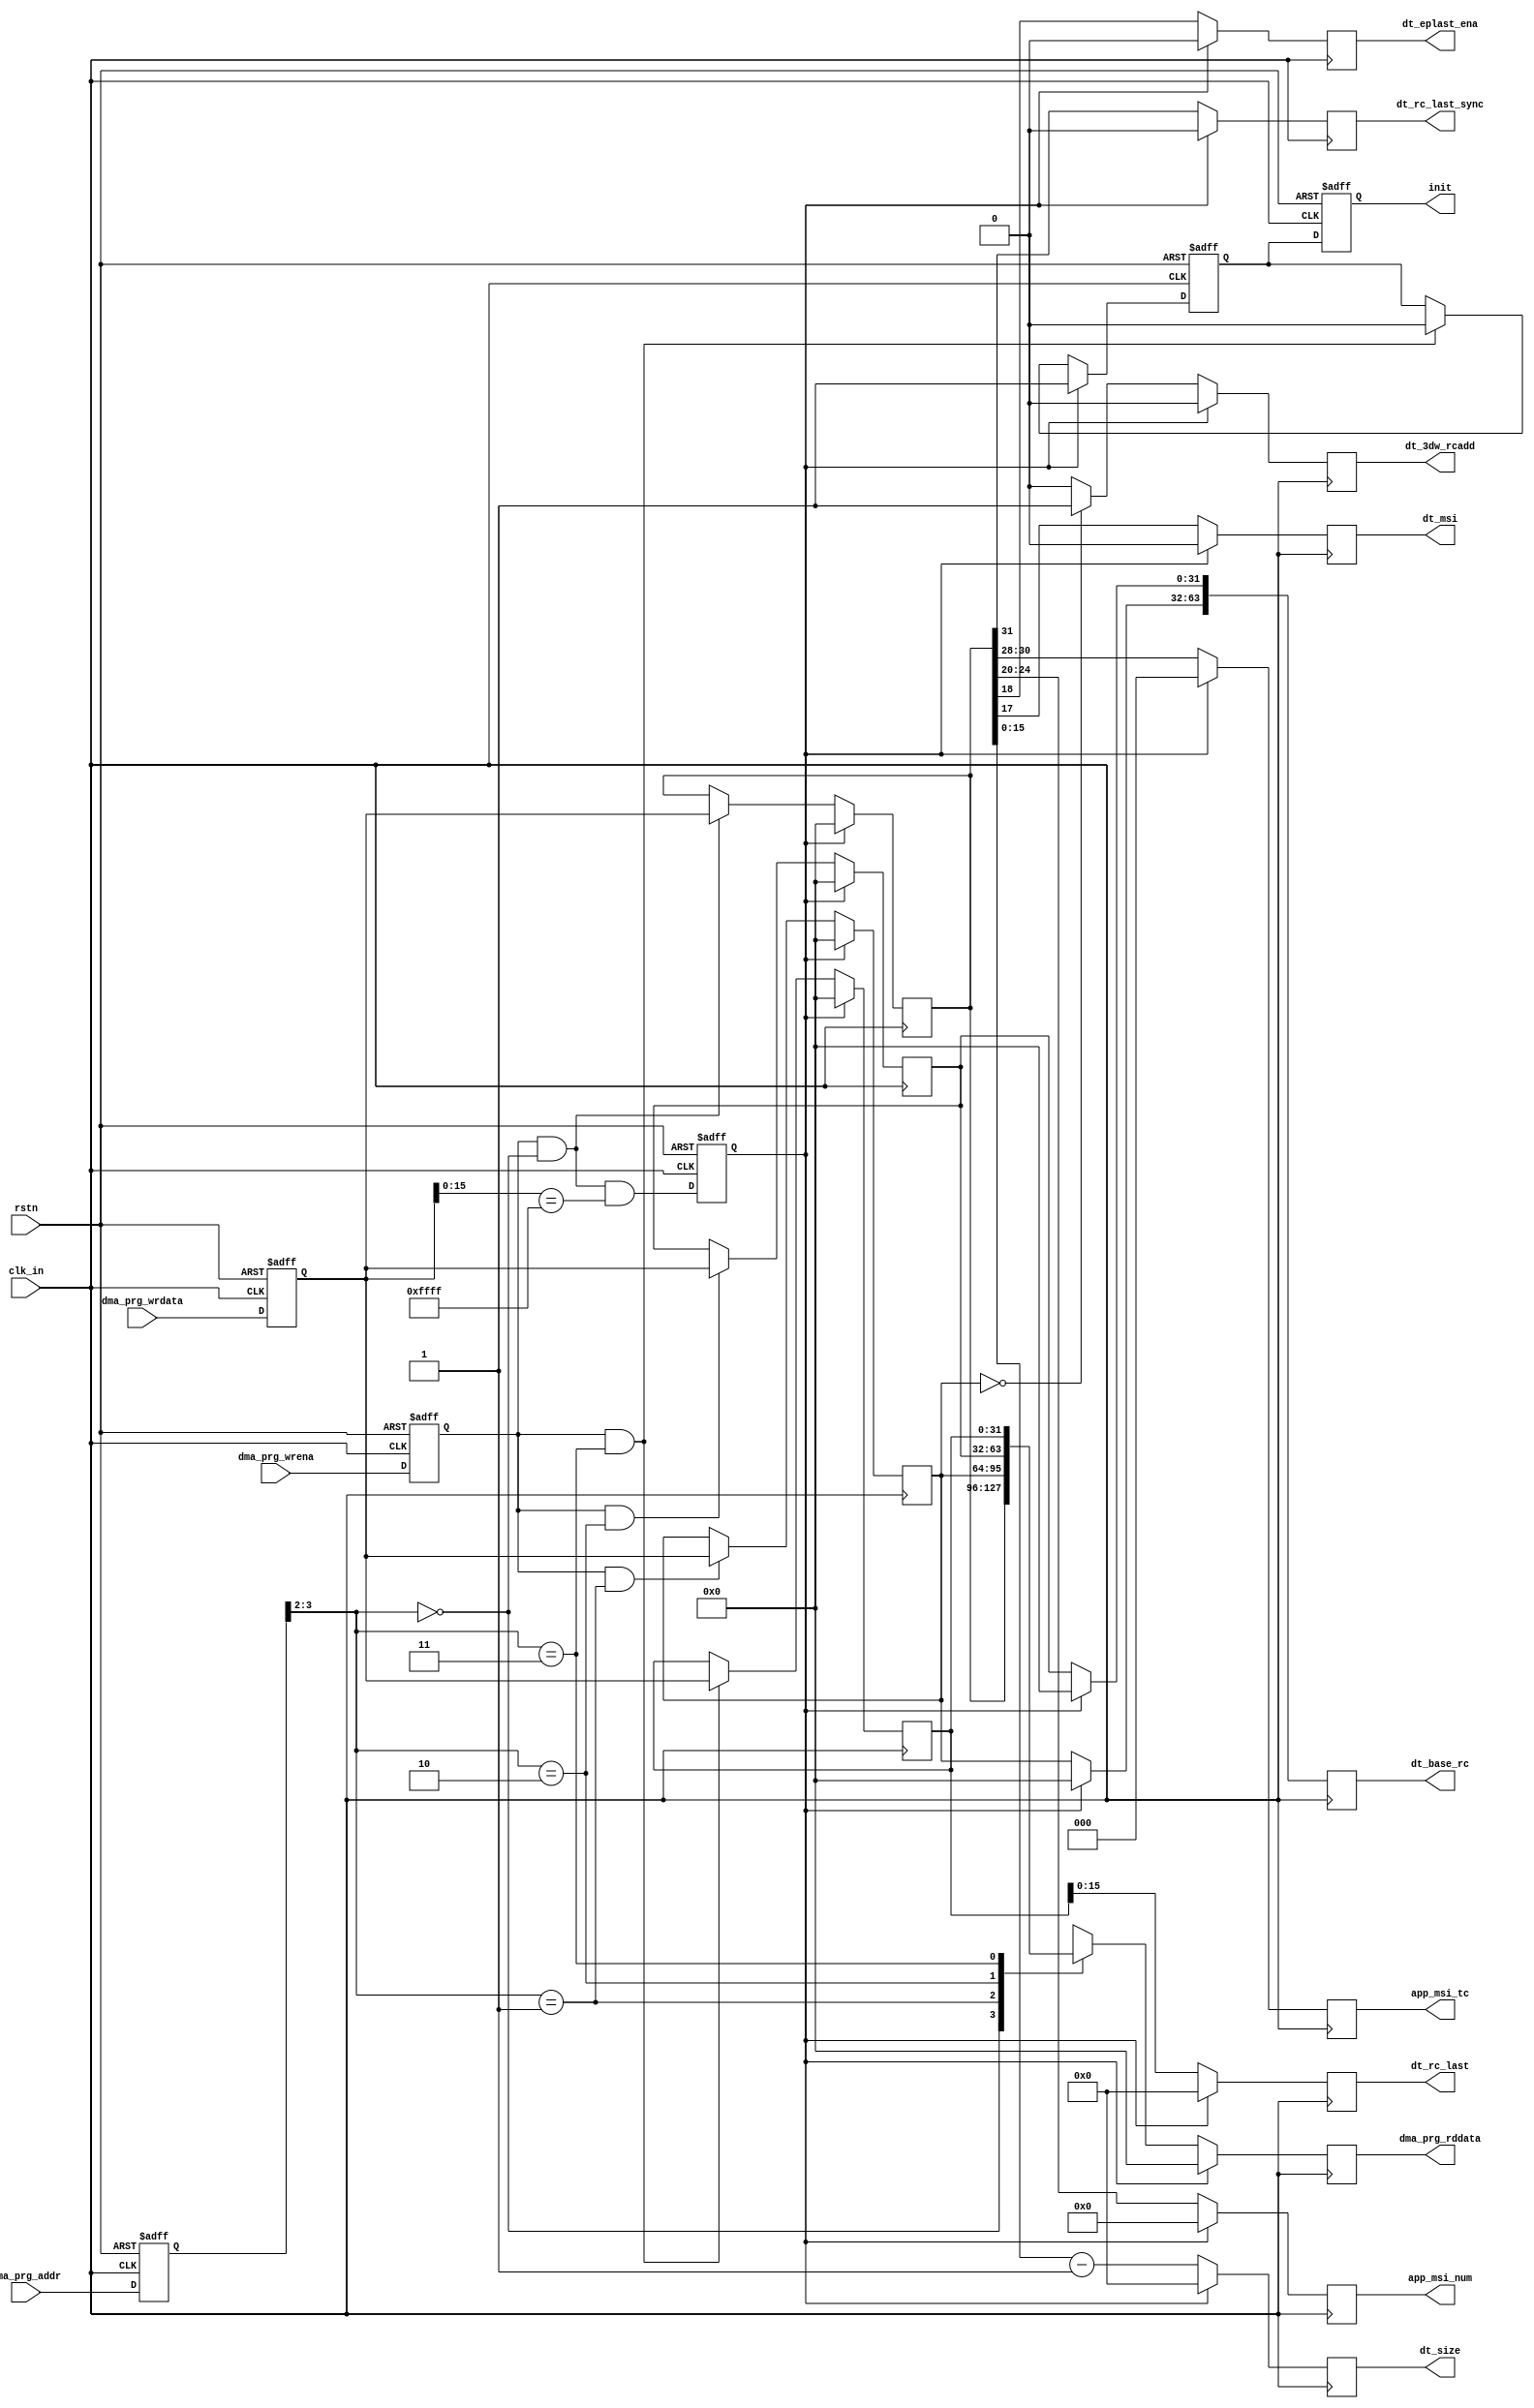
module altpcierd_dma_prg_reg #(
   parameter RC_64BITS_ADDR = 0,
   parameter AVALON_ST_128  = 0   )
   (
   input          clk_in,
   input          rstn,
   input          dma_prg_wrena,
   input[31:0]    dma_prg_wrdata,
   input[3:0]     dma_prg_addr,
   output reg [31:0] dma_prg_rddata,
   output reg [15:0] dt_rc_last,        
   output reg        dt_rc_last_sync,   
   output reg  [15:0] dt_size,          
   output reg  [63:0] dt_base_rc,       
   output reg         dt_eplast_ena,    
   output reg         dt_msi,           
   output reg         dt_3dw_rcadd,     
   output reg  [4:0]  app_msi_num,      
   output reg  [2:0]  app_msi_tc ,
   output reg         init              
   );
   localparam EP_ADDR_DW0 = 2'b00;
   localparam EP_ADDR_DW1 = 2'b01;
   localparam EP_ADDR_DW2 = 2'b10;
   localparam EP_ADDR_DW3 = 2'b11;
   reg        soft_dma_reset;
   reg        init_shift;
   reg [31:0] prg_reg_DW0;
   reg [31:0] prg_reg_DW1;
   reg [31:0] prg_reg_DW2;
   reg [31:0] prg_reg_DW3;
   reg        prg_reg_DW1_is_zero;
   reg        dma_prg_wrena_reg;
   reg[31:0]  dma_prg_wrdata_reg;
   reg[3:0]   dma_prg_addr_reg;
   always @ (negedge rstn or posedge clk_in) begin
      if (rstn==1'b0) begin
         soft_dma_reset <= 1'b1;
         init_shift     <= 1'b1;
         init           <= 1'b1;
         dma_prg_wrena_reg  <= 1'b0;
         dma_prg_wrdata_reg <= 32'h0;
         dma_prg_addr_reg   <= 4'h0;
      end
      else begin
          init              <= init_shift;
         dma_prg_wrena_reg  <= dma_prg_wrena;
         dma_prg_wrdata_reg <= dma_prg_wrdata;
         dma_prg_addr_reg   <= dma_prg_addr;
          soft_dma_reset <= (dma_prg_wrena_reg==1'b1) & (dma_prg_addr_reg[3:2]==EP_ADDR_DW0) & (dma_prg_wrdata_reg[15:0]==16'hFFFF);
          if (soft_dma_reset==1'b1)
              init_shift <= 1'b1;
          else if ((dma_prg_wrena_reg==1'b1) & (dma_prg_addr_reg[3:2]==EP_ADDR_DW3))
              init_shift <= 1'b0;
      end
   end
   always @ (posedge clk_in) begin
      if (soft_dma_reset == 1'b1) begin
         prg_reg_DW0         <= 32'h0;
         prg_reg_DW1         <= 32'h0;
         prg_reg_DW2         <= 32'h0;
         prg_reg_DW3         <= 32'h0;
         prg_reg_DW1_is_zero <= 1'b1;
         dt_size             <= 16'h0;
         dt_msi              <= 1'b0;
         dt_eplast_ena       <= 1'b0;
         app_msi_num         <= 5'h0;
         app_msi_tc          <= 3'h0;
         dt_rc_last_sync     <= 1'b0;
         dt_base_rc          <= 64'h0;
         dt_3dw_rcadd        <= 1'b0;
         dt_rc_last[15:0]    <= 16'h0;
         dma_prg_rddata      <= 32'h0;
      end
      else begin
          prg_reg_DW0 <= ((dma_prg_wrena_reg==1'b1) & (dma_prg_addr_reg[3:2] == EP_ADDR_DW0)) ? dma_prg_wrdata_reg : prg_reg_DW0; 
          prg_reg_DW1 <= ((dma_prg_wrena_reg==1'b1) & (dma_prg_addr_reg[3:2] == EP_ADDR_DW1)) ? dma_prg_wrdata_reg : prg_reg_DW1; 
          prg_reg_DW2 <= ((dma_prg_wrena_reg==1'b1) & (dma_prg_addr_reg[3:2] == EP_ADDR_DW2)) ? dma_prg_wrdata_reg : prg_reg_DW2; 
          prg_reg_DW3 <= ((dma_prg_wrena_reg==1'b1) & (dma_prg_addr_reg[3:2] == EP_ADDR_DW3)) ? dma_prg_wrdata_reg : prg_reg_DW3; 
          case (dma_prg_addr_reg[3:2])
              EP_ADDR_DW0: dma_prg_rddata <= prg_reg_DW0;
              EP_ADDR_DW1: dma_prg_rddata <= prg_reg_DW1;
              EP_ADDR_DW2: dma_prg_rddata <= prg_reg_DW2;
              EP_ADDR_DW3: dma_prg_rddata <= prg_reg_DW3;
          endcase
          dt_size           <= prg_reg_DW0[15:0]-1;
          dt_msi            <= prg_reg_DW0[17];
          dt_eplast_ena     <= prg_reg_DW0[18];
          app_msi_num       <= prg_reg_DW0[24:20];
          app_msi_tc        <= prg_reg_DW0[30:28];
          dt_rc_last_sync   <= prg_reg_DW0[31];
          dt_base_rc[63:32] <= prg_reg_DW1;
          dt_3dw_rcadd      <= (prg_reg_DW1==32'h0) ? 1'b1 : 1'b0;
          dt_base_rc[31:0]  <= prg_reg_DW2;
          dt_rc_last[15:0]  <= prg_reg_DW3[15:0];
      end
   end
endmodule